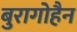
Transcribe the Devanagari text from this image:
बुरागोहैन